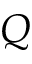
Q